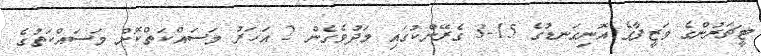
ޓީޗަރުންގެ ވަޒީފާގެ އޮނިގަނޑުގެ 15-3 ގެރޭންކުގައި މަދުވެގެން 2 އަހަރު މަސައްކަތްކޮށް މަސައްކަތުގެ